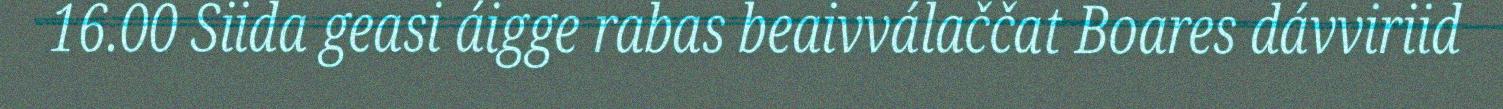
16.00 Siida geasi áigge rabas beaivválaččat Boares dávviriid